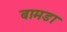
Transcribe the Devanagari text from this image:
बामडा